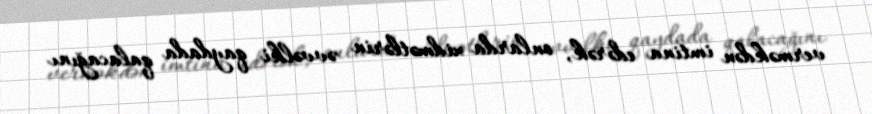
verməkdən imtina edərək, onlarda xidmətlərin əvvəlki qaydada qalacağını